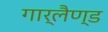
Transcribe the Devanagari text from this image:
गार्लैण्ड